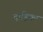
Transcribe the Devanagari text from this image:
दाहिका